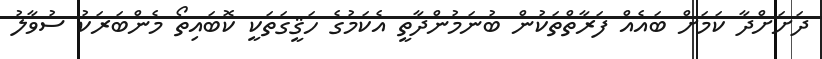
ދަށަށްދާ ކަމަށް ބައެއް ފަރާތްތަކުން ބުނަމުންދާތީ އެކަމުގެ ހަޤީގަތަކީ ކޮބައިތޯ މެންބަރަކު ސުވާލު